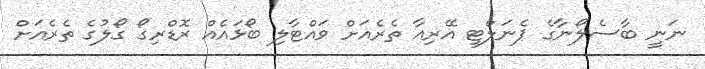
ނަނީ ބާސެލޯނާގެ ޕެނަލްޓީ އޭރިއާ ތެރެއަށް ވައްޓާލި ބޯޅައެއް ރޮޑްރިގޯ ގޯލުގެ ތެރެއަށް